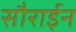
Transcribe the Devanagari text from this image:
सौराईन